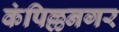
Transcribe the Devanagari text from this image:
कंपिल्लनगर